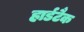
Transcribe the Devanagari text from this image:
हार्डटैक